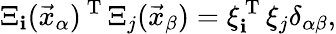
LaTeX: \Xi_{\mathbf{i}}(\vec{{x}}_{\alpha})^{\mathrm{{~T~}}}\Xi_{j}(\vec{{x}}_{\beta})=\xi_{\mathbf{i}}^{\mathrm{{~T~}}}\xi_{j}\delta_{\alpha\beta},